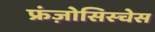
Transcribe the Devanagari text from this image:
फ्रंज़ोसिस्चेस